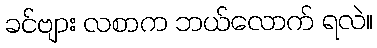
ခင်ဗျား လစာက ဘယ်လောက် ရလဲ။